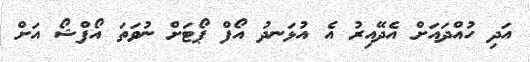
އަދި ހުއްދައަށް އެދޭއިރު އެ އުޅަނދު އޯފް ޕޯޓަށް ނުވަތަ އޯފްޝޯ އަށް